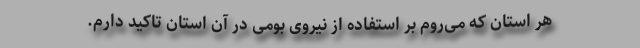
هر استان که می‌روم بر استفاده از نیروی بومی در آن استان تاکید دارم.